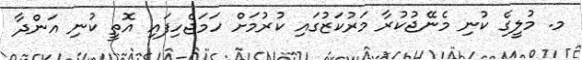
މ. މުލީގެ ކުނި މެނޭޖުކުރާ މަރުކަޒުގައި ކުރުމަށް ހަމަޖެހިފައި އޮތީ ކުނި އަންދާ